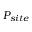
P _ { s i t e }